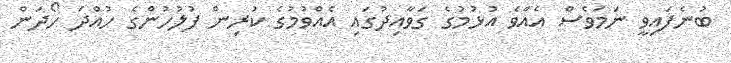
ބުނެފައިވީ ނަމަވެސް އެއްވެ އުޅުމުގެ ގަވާއިދުގައި އެއްވުމުގެ ކުރިން ފުލުހުންގެ ހުއްދަ ހޯދަން